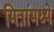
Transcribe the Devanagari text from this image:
मित्रांमध्ये